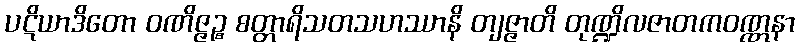
ပဋိယာဒိတော ဝဏိဇ္ဇဉ္စ စတ္တာရိသတသဟဿာနိ တျဇ္ဇာတိ တုဏ္ဍိလဇာတကဝဏ္ဏနာ